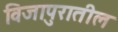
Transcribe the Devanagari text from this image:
विजापुरातील